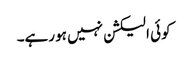
کوئی الیکشن نہیں ہو رہے۔